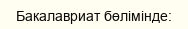
Бакалавриат бөлімінде: